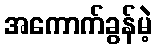
အကောက်ခွန်မဲ့